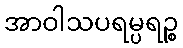
အာဝါသပရမ္ပရဉ္စ